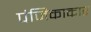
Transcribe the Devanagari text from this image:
पंजिकाकार